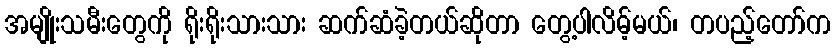
အမျိုးသမီးတွေကို ရိုးရိုးသားသား ဆက်ဆံခဲ့တယ်ဆိုတာ တွေ့ပါလိမ့်မယ်၊ တပည့်တော်က